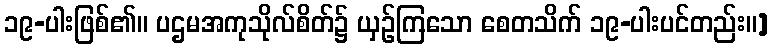
၁၉-ပါးဖြစ်၏။ ပဌမအကုသိုလ်စိတ်၌ ယှဉ်ကြသော စေတသိက် ၁၉-ပါးပင်တည်း။]